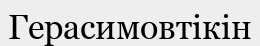
Герасимовтікін